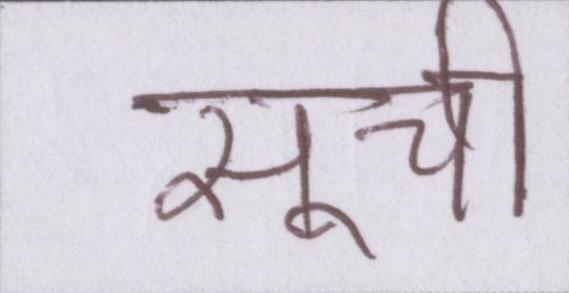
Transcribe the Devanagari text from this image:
सूची